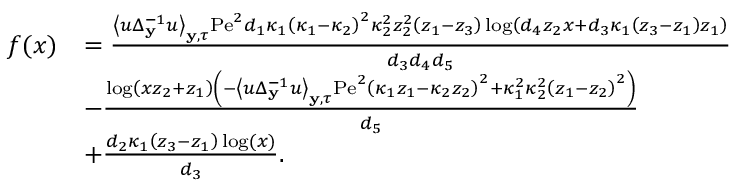
\begin{array} { r l } { f ( x ) } & { = \frac { \left\langle u \Delta _ { \mathbf { y } } ^ { - 1 } u \right\rangle _ { \mathbf { y } , \tau } \mathrm { P e } ^ { 2 } d _ { 1 } \kappa _ { 1 } \left( \kappa _ { 1 } - \kappa _ { 2 } \right) ^ { 2 } \kappa _ { 2 } ^ { 2 } z _ { 2 } ^ { 2 } \left( z _ { 1 } - z _ { 3 } \right) \log \left( d _ { 4 } z _ { 2 } x + d _ { 3 } \kappa _ { 1 } \left( z _ { 3 } - z _ { 1 } \right) z _ { 1 } \right) } { d _ { 3 } d _ { 4 } d _ { 5 } } } \\ & { - \frac { \log \left( x z _ { 2 } + z _ { 1 } \right) \left( - \left\langle u \Delta _ { \mathbf { y } } ^ { - 1 } u \right\rangle _ { \mathbf { y } , \tau } \mathrm { P e } ^ { 2 } \left( \kappa _ { 1 } z _ { 1 } - \kappa _ { 2 } z _ { 2 } \right) ^ { 2 } + \kappa _ { 1 } ^ { 2 } \kappa _ { 2 } ^ { 2 } \left( z _ { 1 } - z _ { 2 } \right) ^ { 2 } \right) } { d _ { 5 } } } \\ & { + \frac { d _ { 2 } \kappa _ { 1 } \left( z _ { 3 } - z _ { 1 } \right) \log ( x ) } { d _ { 3 } } . } \end{array}